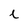
Character: i